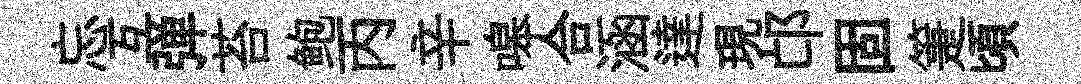
忘互弹苔鲍丙辛嗥合涵達現邙固箑頃